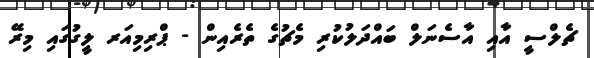
ޗެލްސީ އާއި އާސެނަލް ބައްދަލުކުރި މެޗުގެ ތެރެއިން - ޕްރިމިއަރ ލީގުގައި މިރޭ